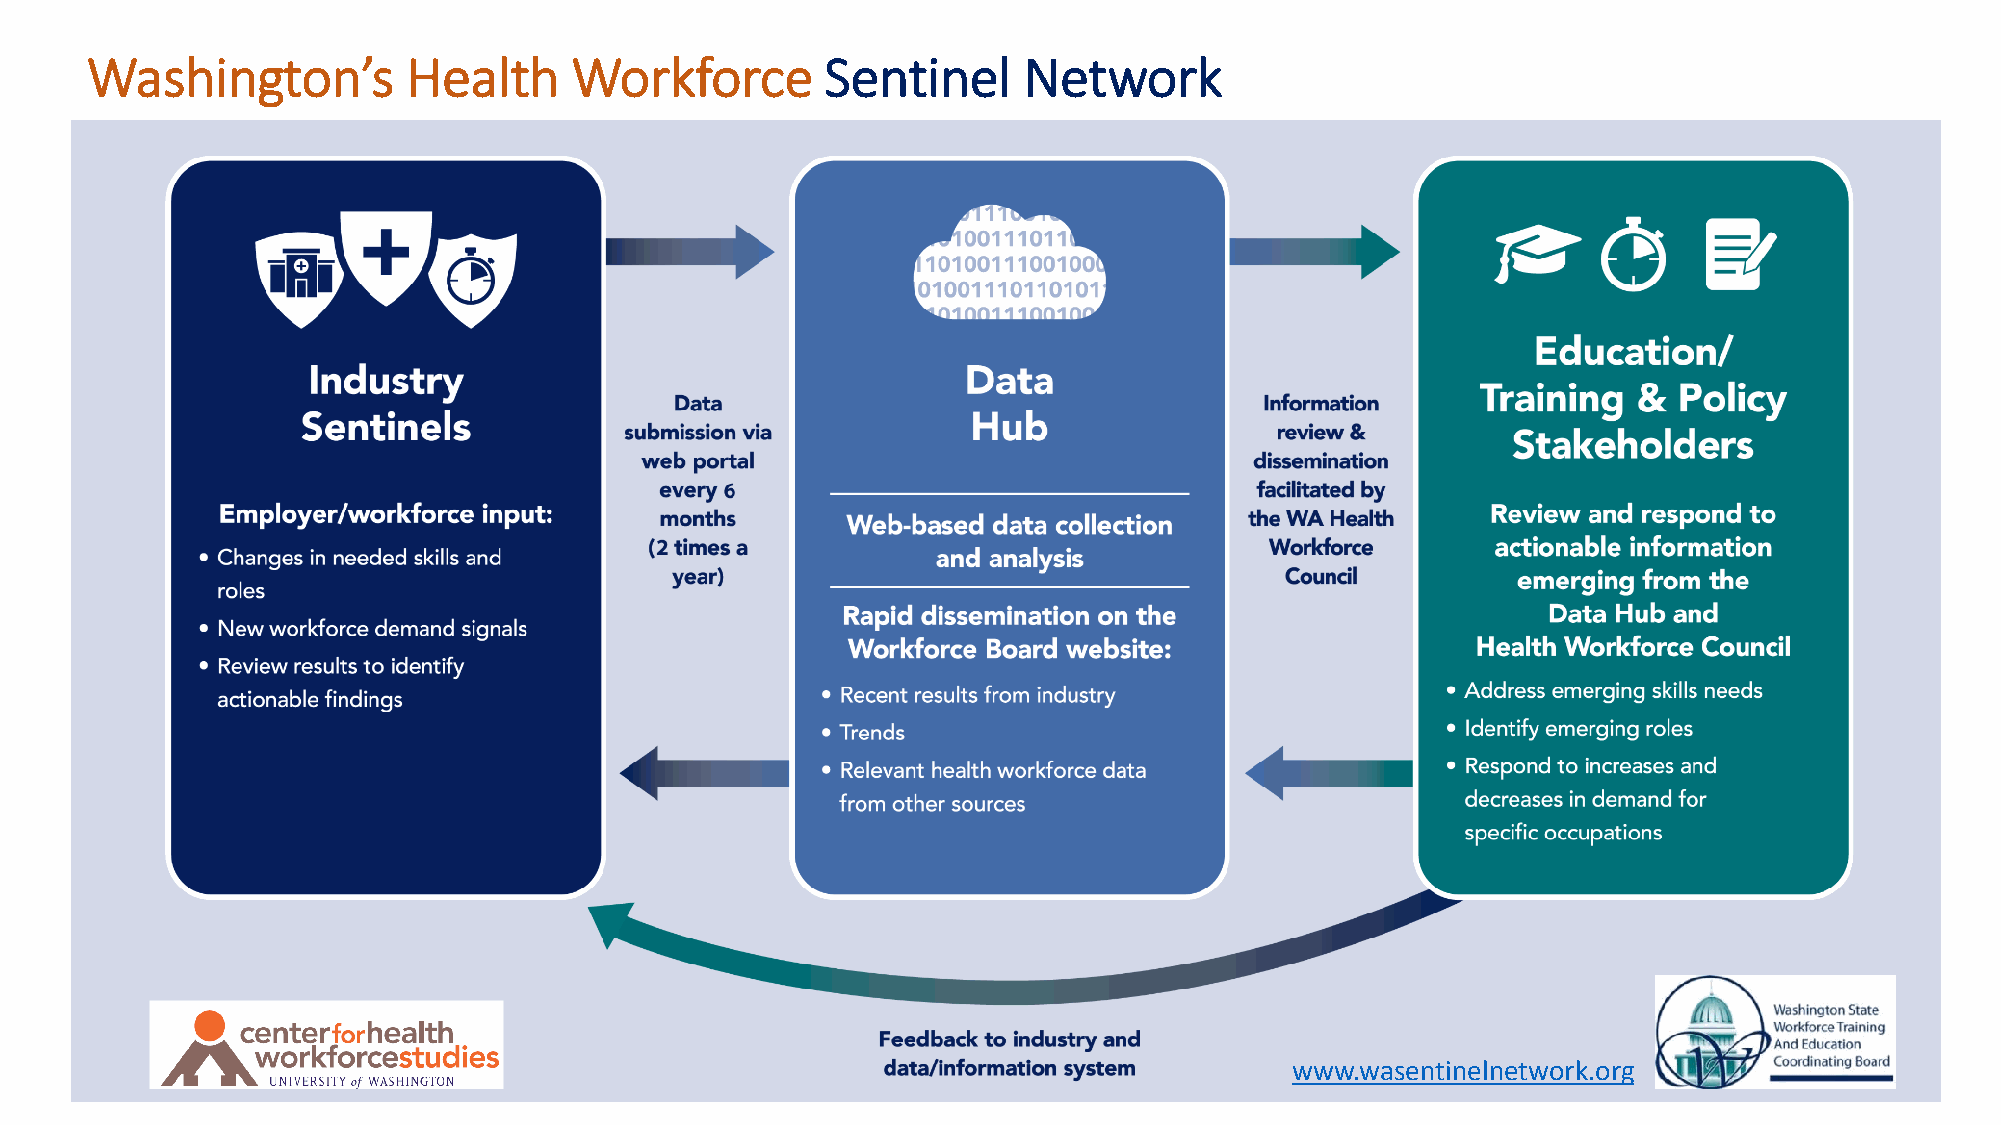
Washington’s         Health     Workforce        Sentinel     Network
 www.wasentinelnetwork.org